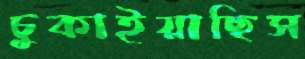
চুকাইয়াছিস